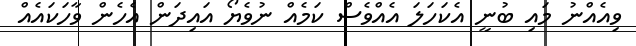
ވިއެއްނު މައި ބުނީ އެކަހަލަ އެއްވެސް ކަމެއް ނުވެޔޯ އައިދަން އެހެން ވާހަކައެއް